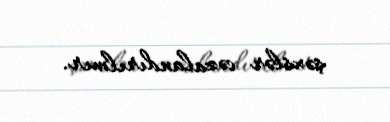
şəxslər cəzalandırılmır.